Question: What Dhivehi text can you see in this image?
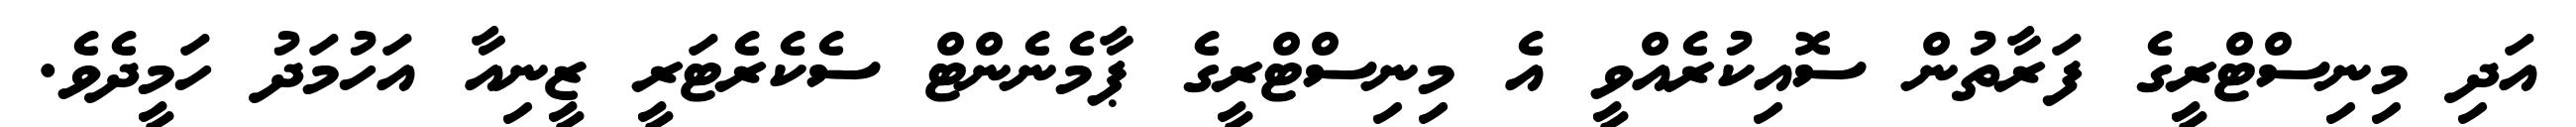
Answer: އަދި މިނިސްޓްރީގެ ފަރާތުން ސޮއިކުރެއްވީ އެ މިނިސްޓްރީގެ ޕާމެނެންޓް ސެކެރެޓަރީ ޒީނިއާ އަހުމަދު ހަމީދެވެ.